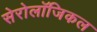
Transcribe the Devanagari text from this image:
सेरोलॉजिकल